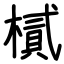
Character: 樲